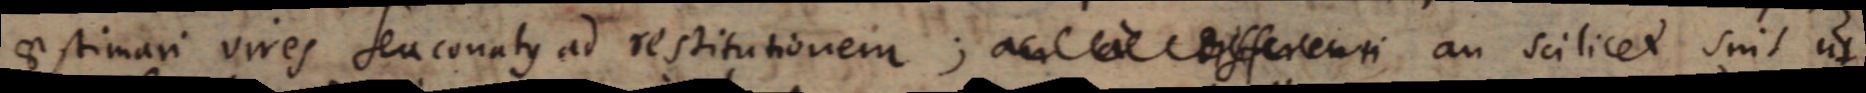
aestimari vires seu conatus ad restitutionem; an a differenti an scilicet sint ut